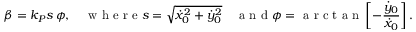
\beta = k _ { P } s \, \phi , \quad \mathrm { ~ w ~ h ~ e ~ r ~ e ~ } s = \sqrt { \dot { x } _ { 0 } ^ { 2 } + \dot { y } _ { 0 } ^ { 2 } } \quad \mathrm { ~ a ~ n ~ d ~ } \phi = \mathrm { ~ a ~ r ~ c ~ t ~ a ~ n ~ } \left[ - \frac { \dot { y } _ { 0 } } { \dot { x } _ { 0 } } \right] .